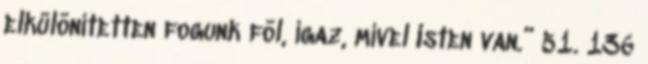
elkülönítetten fogunk föl, igaz, mivel Isten van.” 51. 136